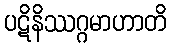
ပဋိနိဿဂ္ဂမာဟာတိ